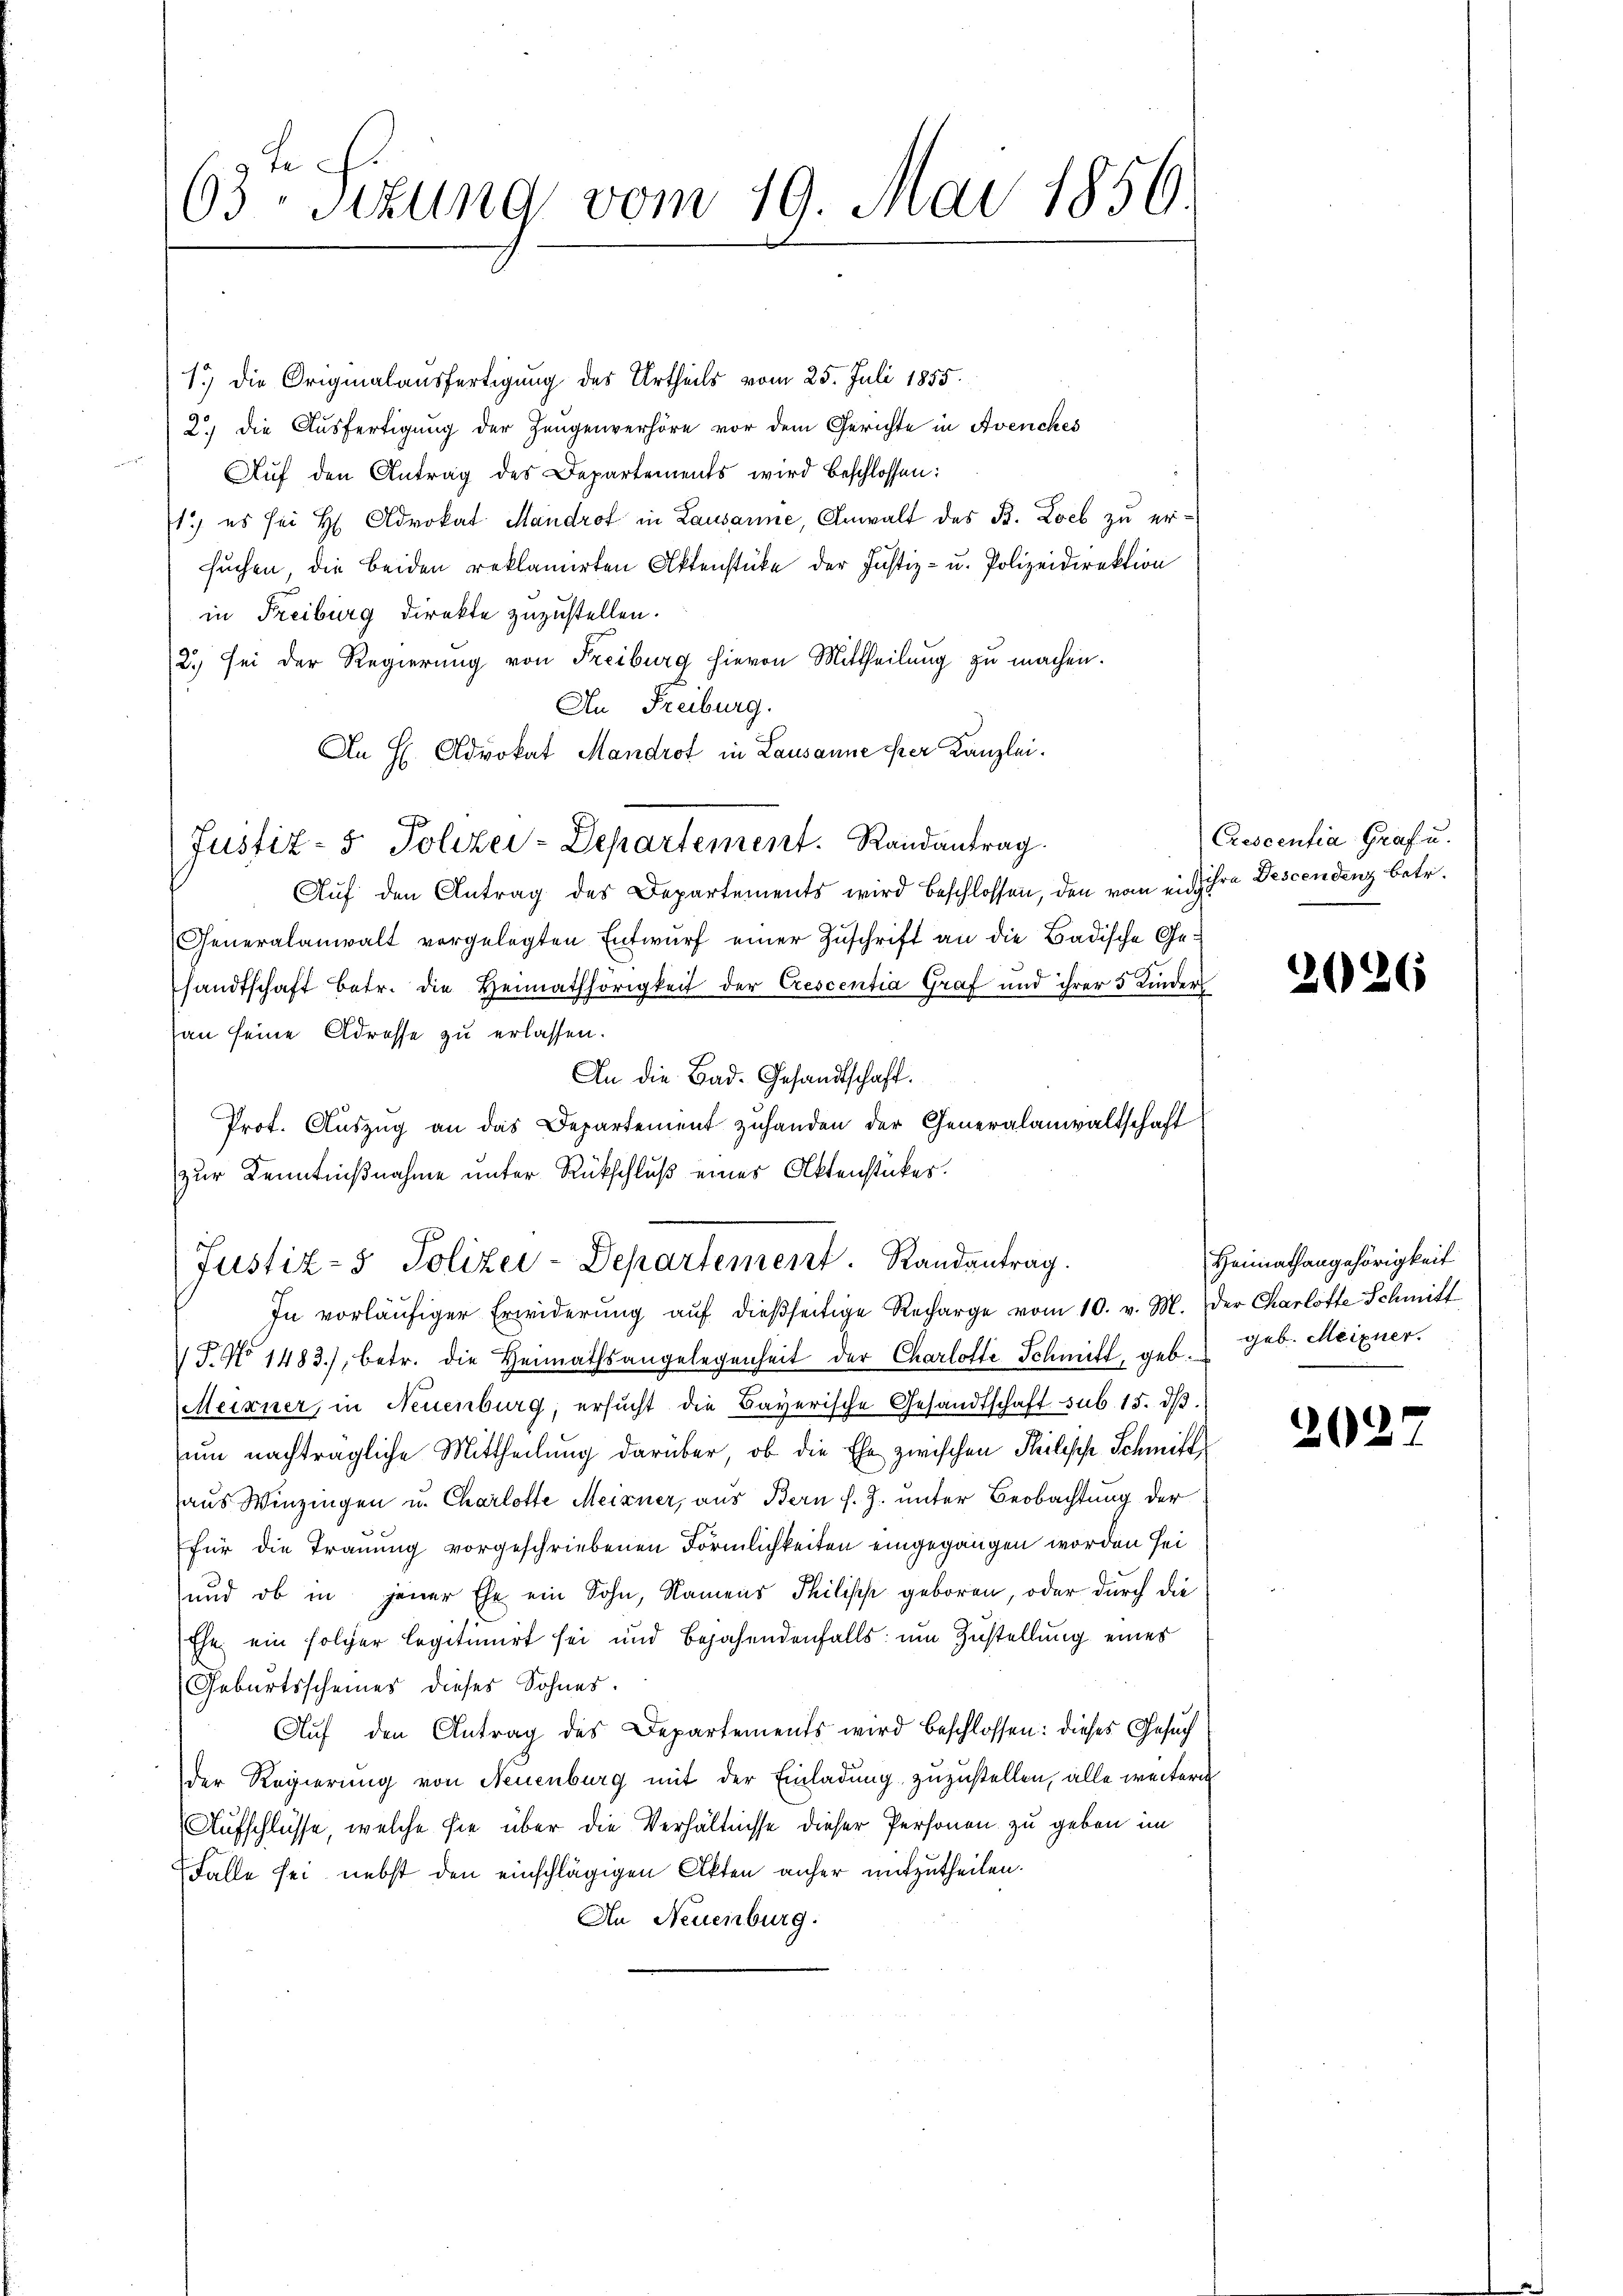
63 Sitzung vom 19. Mai 1856.

1.) Die Originalausfertigung des Urtheils vom 25. Juli 1855.
2) die Ausfertigung der Zeugenverhöre vor dem Gerichte in Avenches
Aŭf den Antrag des Departements wird beschlossen:
1) es sei H. Advokat Mandrof in Lausanne, Anwalt des B. Loch zu ersuchen die beiden reklamirten Aktenstücke der Justiz- u. Polizeidirektion
in Freiburg direkte zuzustellen.
(2.) sei der Regierŭng von Freiburg hievon Mittheilung zu machen.
An Freiburg.
An H. Advokat Mandrot in Lausanne er Kanzlei.
Justiz- & Polizei-Departement. Randantrag.
Aŭf den Antrag des Departements wird beschlossen, den vom ein ihre Descendenz betr.
Generalanwalt vorgelegten Entwurf einer Zuschrift an die Badische Ge-
sandtschaft betr. die Heimathörigkeit der Crescentia Graf und ihrer 5 Kinder
han seine Adresse zu erlassen.
An die Bad. Gesandtschaft.
Prot. Aŭszŭg an das Departement zuhanden der Generalanwaltschaft
zur Kenntnißnahme unter Rückschluß eines Aktenstückes.

Justiz- & Polizei-Departement. Randantrag.
In vorläŭfiger Erwiderŭng aŭf dießseitige Recharge vom 10. v. M. der Charlotte Schmitt

J. No 1483), betr. die Heimathsangelegenheit der Charlotte Schmitt, geb. geb. Meixner.
Meixner, in Neuenburg, ersucht die Bayerische Gesandtschaft sub 15. dβ.
um nachträgliche Mittheilung darüber, ob die Ehe zwischen Philische Schmitt
raus Winzingen u. Charlotte Meixner, aus Bern f. J. unter Beobachtung der
für die Trauung vorgeschriebenen Förmlichkeiten eingegangen worden sei
und ob in jener Ehe ein Sohn, Namens Philipp geboren, oder durch die
Ehe ein folger legitimirt sei und bejahendenfalls um Zustellung eines
Geburtsscheines dieses Sohner.
Auf den Antrag des Departements wird beschlossen: dieses Gesuch
der Regierung von Neuenburg mit der Einladung zuzustellen, alle weitere
Aufschlüsse, welche sie über die Verhältnisse dieser Personen zu geben im
Falle sei nebst den einschlägigen Akten anher mitzutheilen.
An Neuenburg.

Crescentia Graf u.

2026

Heimathangehörigkeit

262